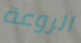
الروعة